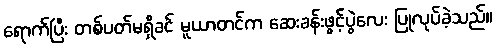
ရောက်ပြီး တစ်ပတ်မရှိခင် မူယာတင်က ဆေးခန်းဖွင့်ပွဲလေး ပြုလုပ်ခဲ့သည်။